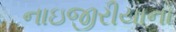
નાઇજીરીયાનો